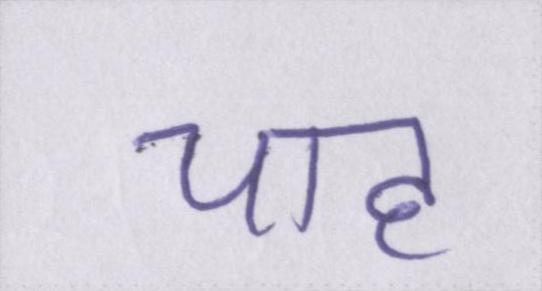
चाह